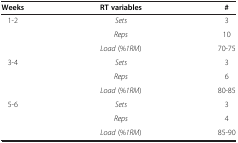
| Weeks | RT variables | # |
 | --- | --- | --- |
 | <ROWSPAN=3> 1-2 | Sets | 3 |
 | Reps | 10 |
 | Load (%1RM) | 70-75 |
 | <ROWSPAN=3> 3-4 | Sets | 3 |
 | Reps | 6 |
 | Load (%1RM) | 80-85 |
 | <ROWSPAN=3> 5-6 | Sets | 3 |
 | Reps | 4 |
 | Load (%1RM) | 85-90 |